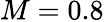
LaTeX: M=0.8